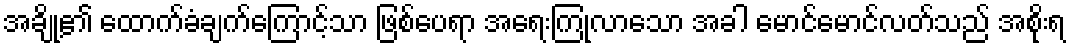
အချို့၏ ထောက်ခံချက်ကြောင့်သာ ဖြစ်ပေရာ အရေးကြုံလာသော အခါ မောင်မောင်လတ်သည် အစိုးရ